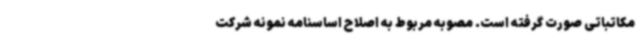
مکاتباتی صورت گرفته است. مصوبه مربوط به اصلاح اساسنامه نمونه شرکت